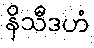
နိသီဒဟံ